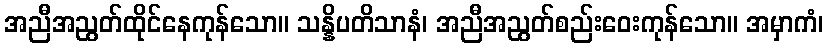
အညီအညွတ်ထိုင်နေကုန်သော။ သန္နိပတိသာနံ၊ အညီအညွတ်စည်းဝေးကုန်သော။ အမှာကံ၊